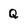
Character: Q